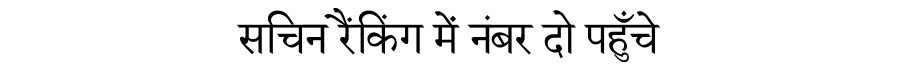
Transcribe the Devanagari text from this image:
सचिन रैंकिंग में नंबर दो पहुँचे